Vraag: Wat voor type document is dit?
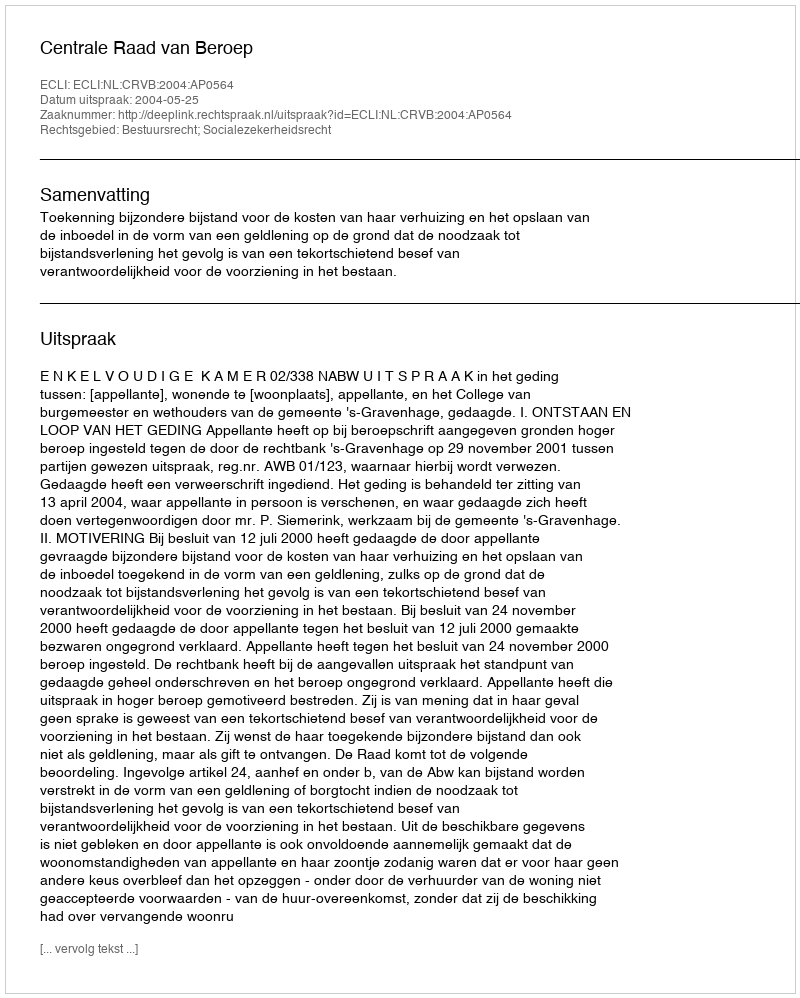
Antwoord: Uitspraak